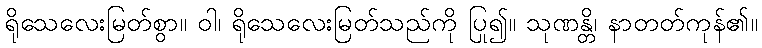
ရိုသေလေးမြတ်စွာ။ ဝါ၊ ရိုသေလေးမြတ်သည်ကို ပြု၍။ သုဏန္တိ၊ နာတတ်ကုန်၏။